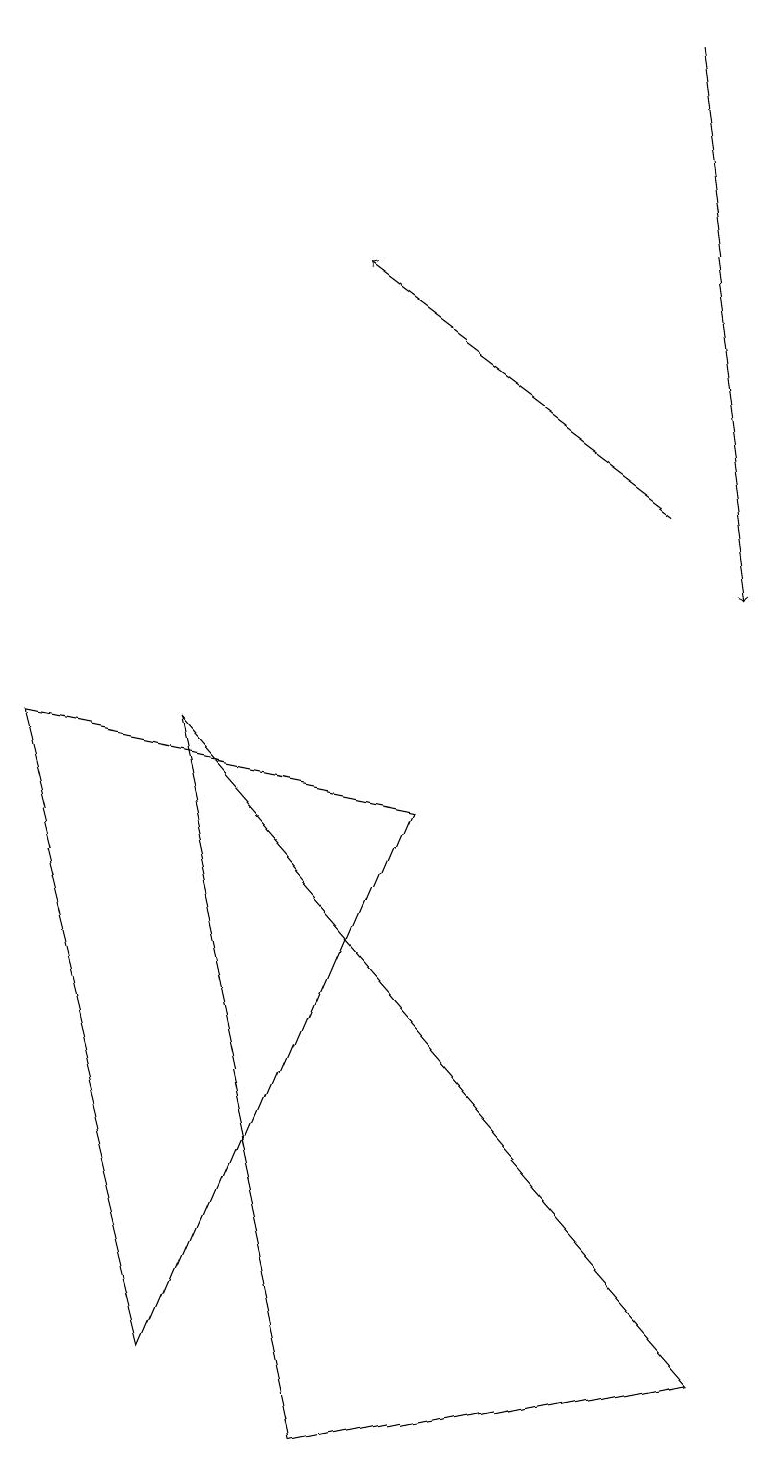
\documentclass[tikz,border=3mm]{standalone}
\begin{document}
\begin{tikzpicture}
\draw[->] (8,12) -- (4,15);
\draw (0,9) -- (2,1) -- (5,8) -- cycle;
\draw (2,9) -- (9,1) -- (4,0) -- cycle;
\draw[->] (8,18) -- (9,11);
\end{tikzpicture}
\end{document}